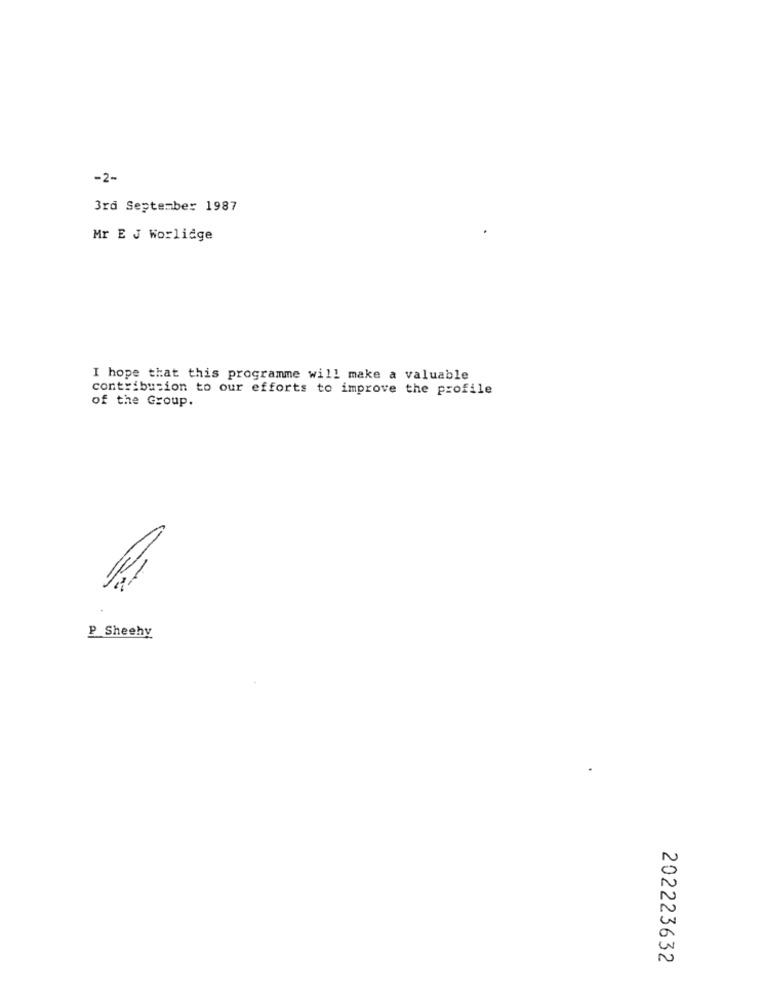
-2-
3rd September 1987
Mr E J Worlidge
I hope that this programme will make a valuable
contribution to our efforts to improve the profile
of the Group.
P Sheehy
202223632